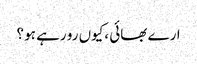
ارے بھائی ،کیوں رو رہے ہو ؟